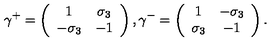
\gamma ^ { + } = \left( \begin{array} { c c } { 1 } & { \sigma _ { 3 } } \\ { - \sigma _ { 3 } } & { - 1 } \\ \end{array} \right) , \gamma ^ { - } = \left( \begin{array} { c c } { 1 } & { - \sigma _ { 3 } } \\ { \sigma _ { 3 } } & { - 1 } \\ \end{array} \right) .